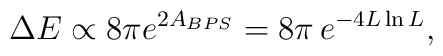
\Delta E \propto 8\pi e^{2 A_{BPS}} = 8 \pi\, e^{-4 L \ln L},